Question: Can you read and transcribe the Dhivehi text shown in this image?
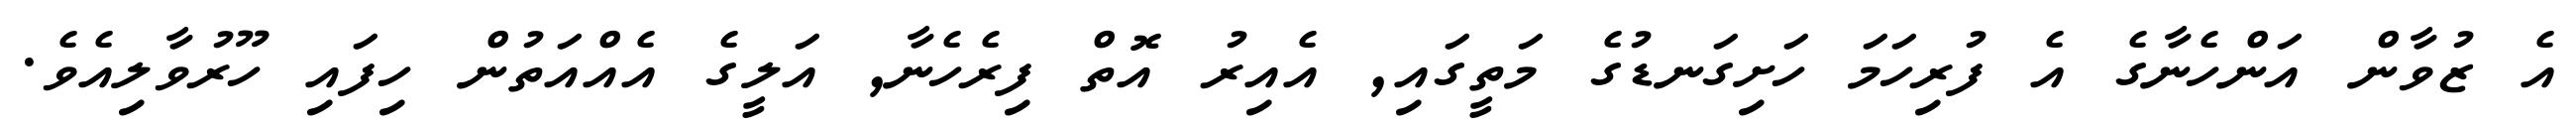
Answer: އެ ޒުވާން އަންހެނާގެ އެ ފުރިހަމަ ހަށިގަނޑުގެ މަތީގައި, އެއިރު އޮތް ފިރެހެނާ, އަލީގެ އެއްއަތުން ހިފައި ހޫރުވާލިއެވެ.